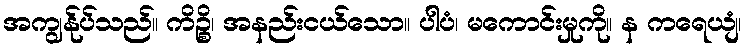
အကျွန်ုပ်သည်။ ကိဉ္စိ၊ အနည်းငယ်သော။ ပါပံ၊ မကောင်းမှုကို။ န ကရေယျံ၊